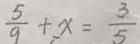
\frac { 5 } { 9 } + x = \frac { 3 } { 5 }